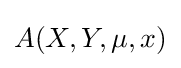
A(X,Y,\mu ,x)